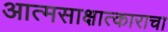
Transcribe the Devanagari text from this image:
आत्मसाक्षात्काराचा